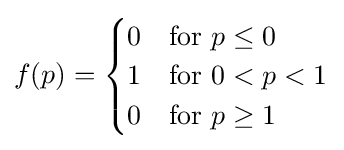
f(p)={\begin{cases}0&{\text{for }}p\leq 0\\1&{\text{for }}0<p<1\\0&{\text{for }}p\geq 1\end{cases}}